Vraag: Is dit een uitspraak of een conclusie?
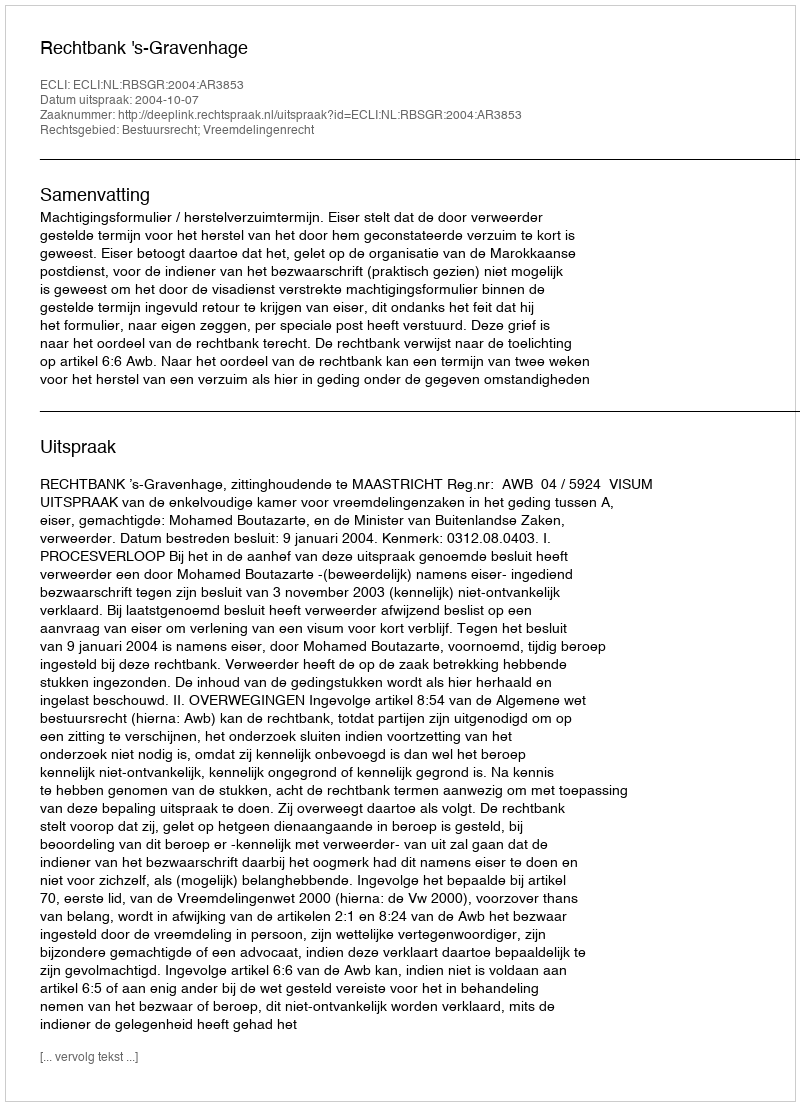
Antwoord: Uitspraak